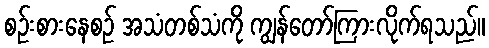
စဉ်းစားနေစဉ် အသံတစ်သံကို ကျွန်တော်ကြားလိုက်ရသည်။